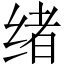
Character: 绪